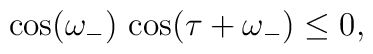
\cos(\omega_-)\,\cos(\tau+\omega_-)\leq 0,